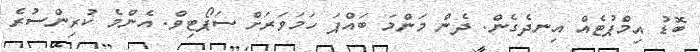
ބޮޑު އިމްޕުޓެއް އިނދެގެން. ދެން މަންމަ ބައްޕަ ހަމަވަރަށް ސަޕޯޓިވް. އެންމެ ކުރިންސުރެ